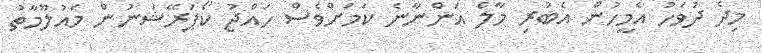
މިދެ ދުވަހު އެމީހުން އެބުރި މާލެ އަންނާނެ ކަމަށްވެސް ހައްޖު ކޯޕަރޭޝަނުން މައުލޫމާތު